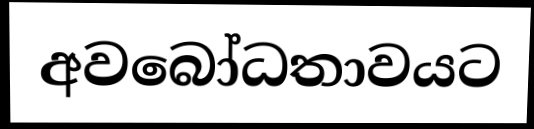
අවබෝධතාවයට